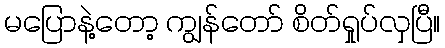
မပြောနဲ့တော့ ကျွန်တော် စိတ်ရှုပ်လှပြီ။